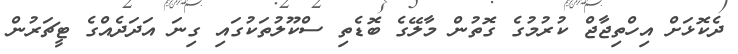
ދެކޮޅަށް އިހްތިޖާޖް ކުރުމުގެ ގޮތުން މާލޭގެ ބޮޑެތި ސްކޫލުތަކުގައި ގިނަ އަދަދެއްގެ ޓީޗަރުން